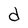
Character: d